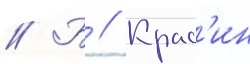
// Б // Крас'ин